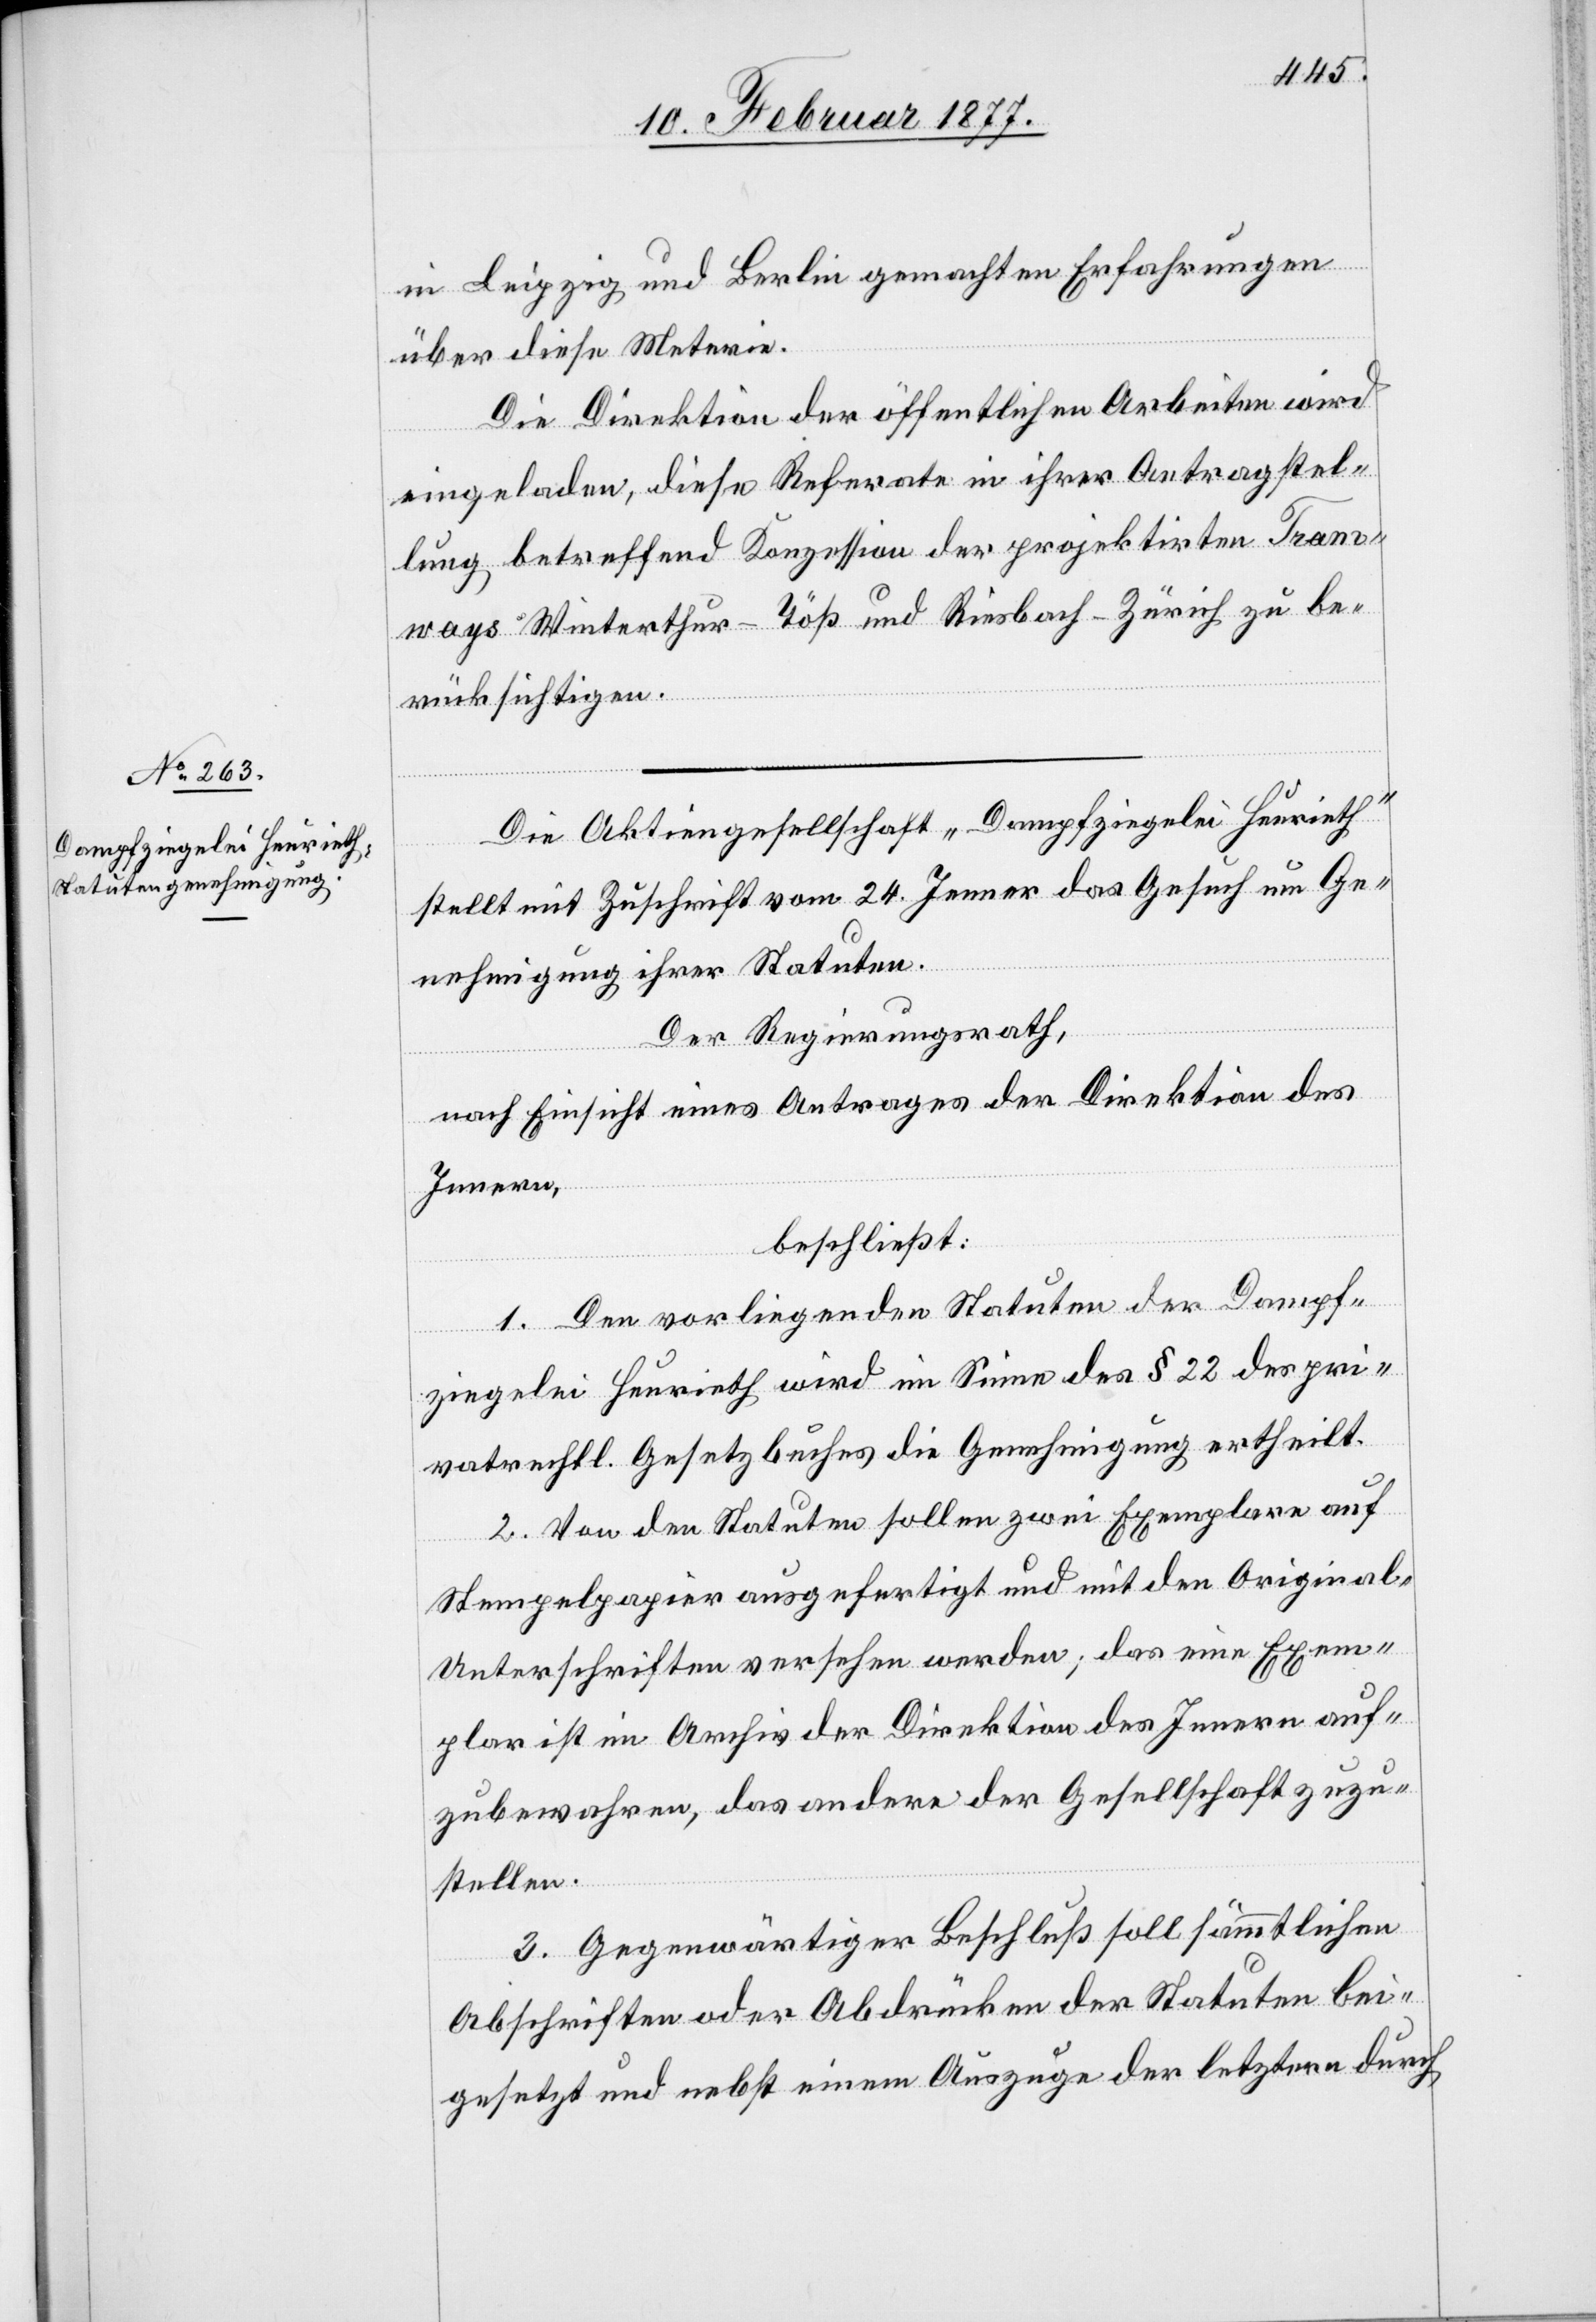
in Leipzig und Berlin gemachten Erfahrungen
über diese Materie.
Die Direktion der öffentlichen Arbeiten wird
eingeladen, diese Referate in ihrer Antragstel¬
lung betreffend Konzession der projektirten Tram¬
ways Winterthur–Töß und Riesbach–Zürich zu be¬
rücksichtigen.
Die Aktiengesellschaft „Dampfziegelei Heurieth“
stellt mit Zuschrift vom 24. Jenner das Gesuch um Ge¬
nehmigung ihrer Statuten.
Der Regierungsrath,
nach Einsicht eines Antrages der Direktion des
Innern,
beschließt:
1. Den vorliegenden Statuten der Dampf¬
ziegelei Heurieth wird im Sinne des § 22 des pri¬
vatrechtl. Gesetzbuches die Genehmigung ertheilt.
2. Von den Statuten sollen zwei Exemplare auf
Stempelpapier ausgefertigt und mit den Original-U¬
nterschriften versehen werden; das eine Exem¬
plar ist im Archiv der Direktion des Innern auf¬
zubewahren, das andere der Gesellschaft zuzu¬
stellen.
3. Gegenwärtiger Beschluß soll sämmtlichen
Abschriften oder Abdrücken der Statuten bei¬
gesetzt und nebst einem Auszuge der letztern durch